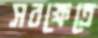
সবক্ষেত্রে